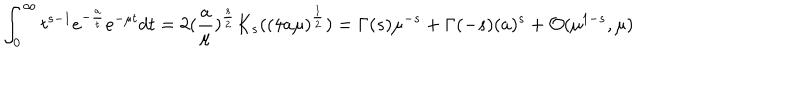
LaTeX: \int _ { 0 } ^ { \infty } t ^ { s - 1 } e ^ { - { \frac { a } { t } } } e ^ { - \mu t } d t = 2 ( { \frac { a } { \mu } } ) ^ { \frac { s } { 2 } } K _ { s } ( ( 4 a \mu ) ^ { \frac { 1 } { 2 } } ) = \Gamma ( s ) \mu ^ { - s } + \Gamma ( - s ) ( { a } ) ^ { s } + { \cal O } ( \mu ^ { 1 - s } , \mu )